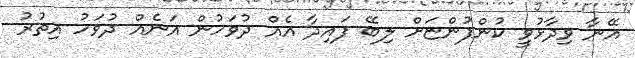
އޭނާ ވިދާޅުވީ ކުންފުންޏަށް ލިބޭ ފައިދާ އެއް ދުވަހުން އަނެއް ދުވަހު އިތުރު